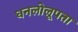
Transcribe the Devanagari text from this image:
धनलोलूपता